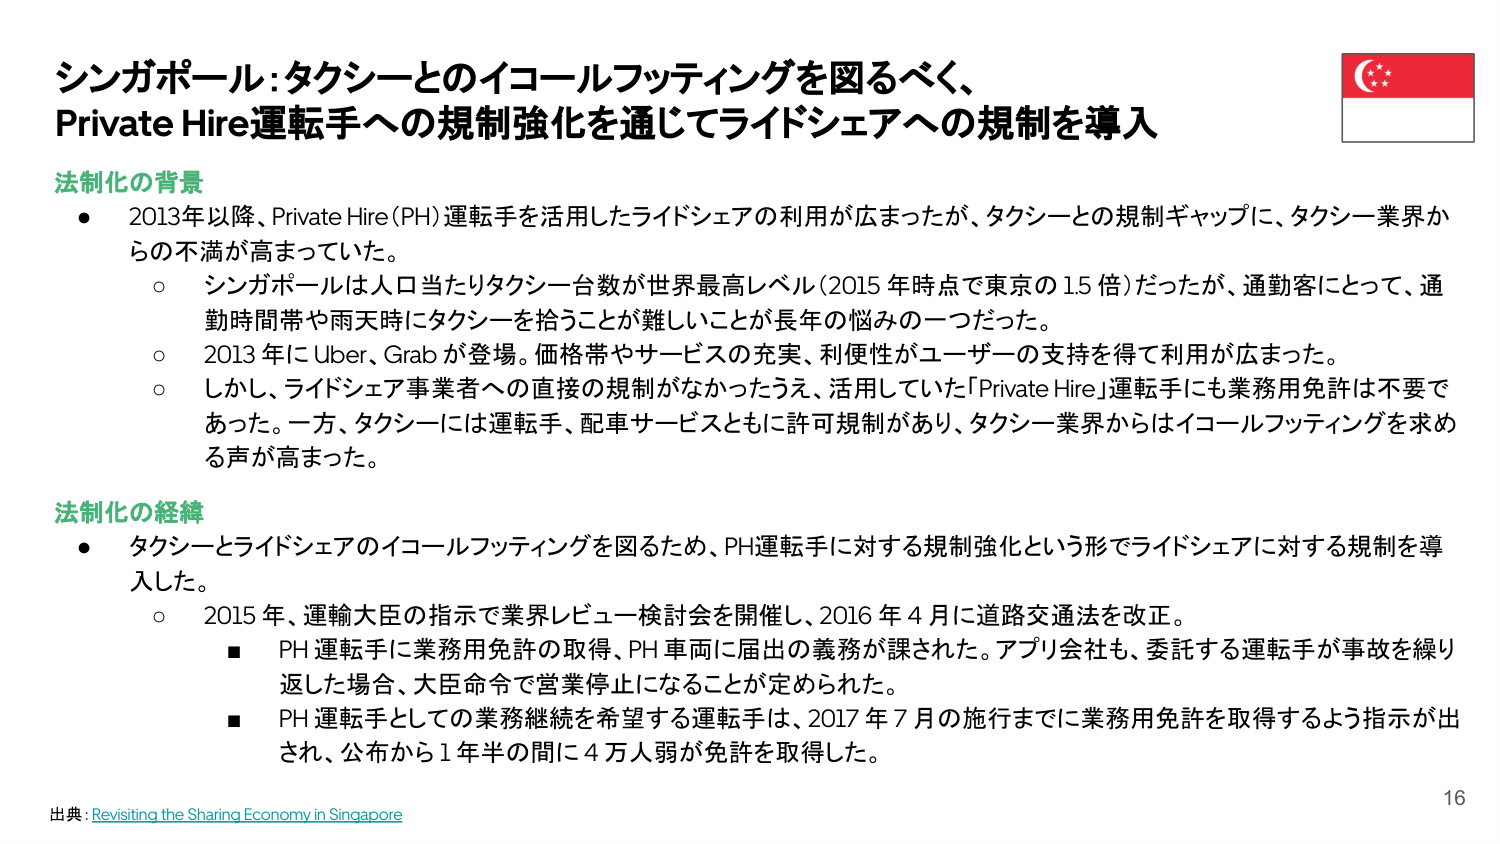
シンガポール：タクシーとのイコールフッティングを図るべく、
Private Hire運転手への規制強化を通じてライドシェアへの規制を導入

法制化の背景
● 2013年以降、Private Hire (PH) 運転手を活用したライドシェアの利用が広まったが、タクシーとの規制ギャップに、タクシー業界からの不満が高まっていた。
　○ シンガポールは人口当たりタクシー台数が世界最高レベル（2015年時点で東京の1.5倍）だったが、通勤客にとって、通勤時間帯や雨天時にタクシーを拾うことが難しいことが長年の悩みの一つだった。
　○ 2013年にUber、Grabが登場。価格帯やサービスの充実、利便性がユーザーの支持を得て利用が広まった。
　○ しかし、ライドシェア事業者への直接の規制がなかったうえ、活用していた「Private Hire」運転手にも業務用免許は不要であった。一方、タクシーには運転手、配車サービスともに許可規制があり、タクシー業界からはイコールフッティングを求め る声が高まった。

法制化の経緯
● タクシーとライドシェアのイコールフッティングを図るため、PH運転手に対する規制強化という形でライドシェアに対する規制を導入した。
　○ 2015年、運輸大臣の指示で業界レビュー検討会を開催し、2016年4月に道路交通法を改正。
　　■ PH運転手に業務用免許の取得、PH車両に届出の義務が課された。アプリ会社も、委託する運転手が事故を繰り返した場合、大臣命令で営業停止になることが定められた。
　　■ PH運転手としての業務継続を希望する運転手は、2017年7月の施行までに業務用免許を取得するよう指示が出され、公布から1年半の間に4万人弱が免許を取得した。

出典：Revisiting the Sharing Economy in Singapore
16